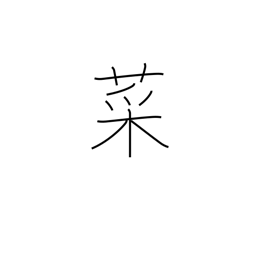
Meaning: greens